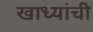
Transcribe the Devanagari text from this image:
खाध्यांची